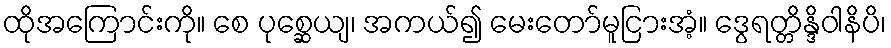
ထိုအကြောင်းကို။ စေ ပုစ္ဆေယျ၊ အကယ်၍ မေးတော်မူငြားအံ့။ ဒွေရတ္တိန္ဒိဝါနိပိ၊